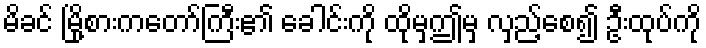
မိခင် မြို့စားကတော်ကြီး၏ ခေါင်းကို ထိုမှဤမှ လှည့်စေ၍ ဦးထုပ်ကို